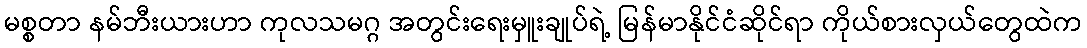
မစ္စတာ နမ်ဘီးယားဟာ ကုလသမဂ္ဂ အတွင်းရေးမှူးချုပ်ရဲ့ မြန်မာနိုင်ငံဆိုင်ရာ ကိုယ်စားလှယ်တွေထဲက